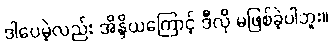
ဒါပေမဲ့လည်း အိန္ဒိယကြောင့် ဒီလို မဖြစ်ခဲ့ပါဘူး။